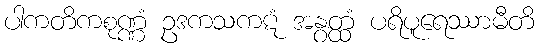
ပါကတိကစုဏ္ဏံ ဥဒကသကဋံ အနွတ္ထံ ပရိပူရေဿာမီတိ